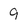
Character: 9